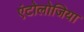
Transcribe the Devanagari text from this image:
एंटोलोजिया